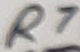
Text: R7